画像に写った文字を読んでください
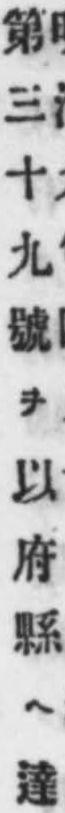
「第三十九號ヲ以府縣ヘ達」と書いてあります